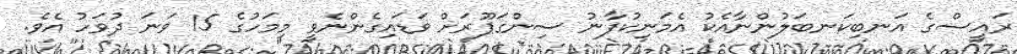
ރައީސްގެ އަނބިކަނބަލުންނާއެކު އެމަނިކުފާނު ސިންގަޕޫރަށް ވަޑައިގެންނެވީ މިމަހުގެ 15 ވަނަ ދުވަހު އެވެ.